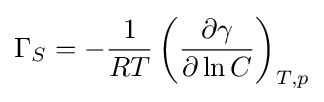
\Gamma _{S}=-{\frac {1}{RT}}\left({\frac {\partial \gamma }{\partial \ln C}}\right)_{T,p}